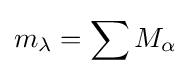
m_{\lambda }=\sum M_{\alpha }